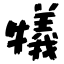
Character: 犠